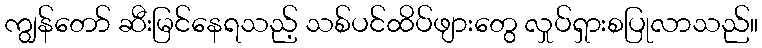
ကျွန်တော် ဆီးမြင်နေရသည့် သစ်ပင်ထိပ်ဖျားတွေ လှုပ်ရှားစပြုလာသည်။